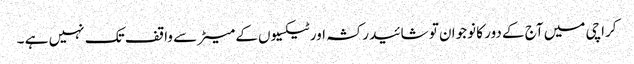
کراچی میں آج کے دور کا نوجوان تو شائید رکشہ اور ٹیکسیوں کے میٹر سے واقف تک نہیں ہے ۔